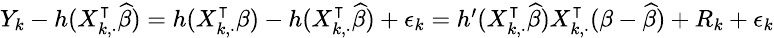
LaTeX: \small\begin{array}{r}{Y_{k}-h(X_{k,\cdot}^{\intercal}\widehat{\beta})=h(X_{k,\cdot}^{\intercal}\beta)-h(X_{k,\cdot}^{\intercal}\widehat{\beta})+\epsilon_{k}=h^{\prime}(X_{k,\cdot}^{\intercal}\widehat{\beta})X_{k,\cdot}^{\intercal}(\beta-\widehat{\beta})+R_{k}+\epsilon_{k}}\end{array}